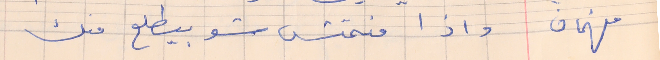
فهمان    واذا منمتش شو بيطلع منك